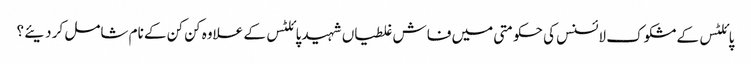
پائلٹس کے مشکوک لائسنس کی حکومتی میں فاش غلطیاں شہید پائلٹس کے علاوہ کن کن کے نام شامل کر دیئے ؟